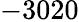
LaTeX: -3020